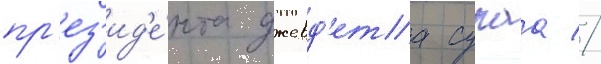
пр'ез'ид'е́нта джевд'ета сунаа //